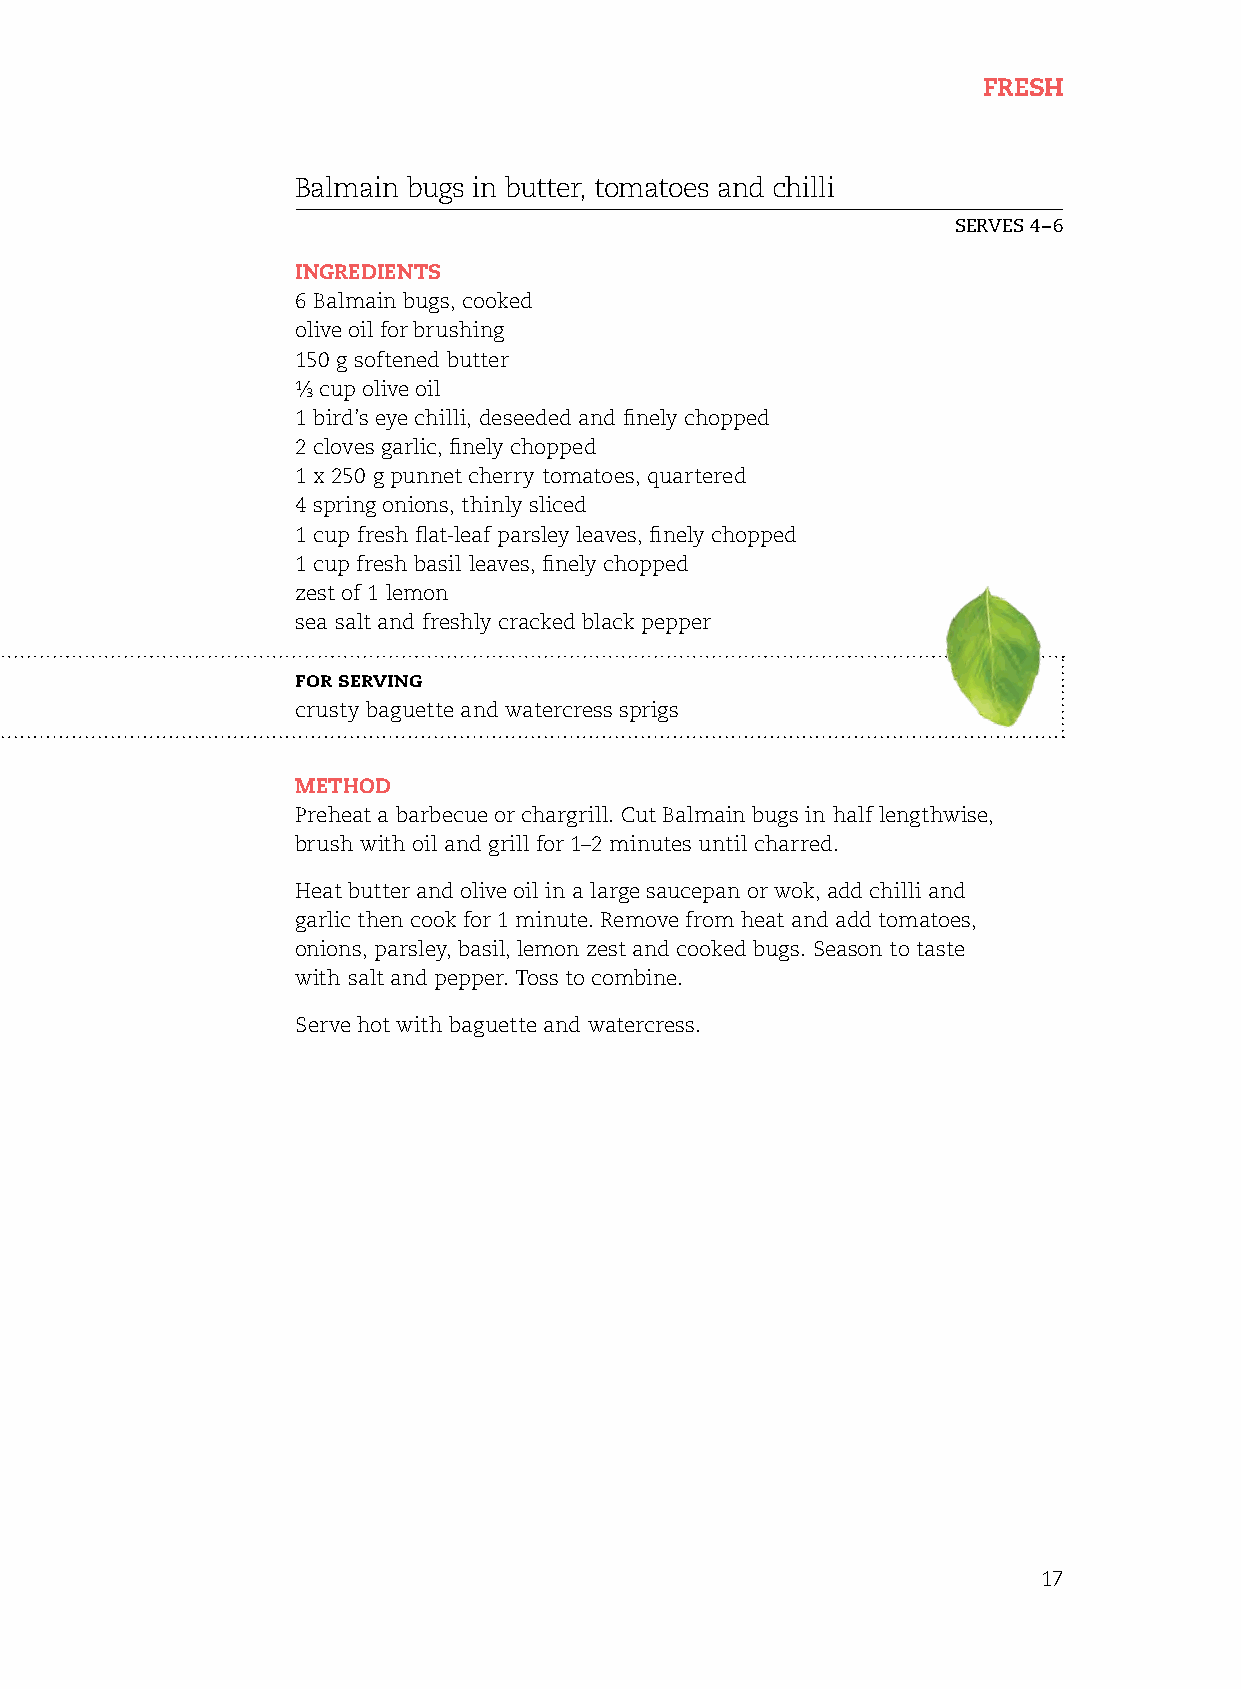
Fresh
 Balmain bugs in butter, tomatoes and chilli
 serves 4–6
 ingredients
 6 Balmain bugs, cooked
 olive oil for brushing
 150 g softened butter
 ¹⁄ cup olive oil
 ³
 1 bird’s eye chilli, deseeded and finely chopped
 2 cloves garlic, finely chopped
 1 x 250 g punnet cherry tomatoes, quartered
 4 spring onions, thinly sliced
 1 cup fresh flat-leaf parsley leaves, finely chopped
 1 cup fresh basil leaves, finely chopped
 zest of 1 lemon
 sea salt and freshly cracked black pepper
 For serving
 crusty baguette and watercress sprigs
 method
 Preheat a barbecue or chargrill. Cut Balmain bugs in half lengthwise,
 brush with oil and grill for 1–2 minutes until charred.
 heat butter and olive oil in a large saucepan or wok, add chilli and
 garlic then cook for 1 minute. remove from heat and add tomatoes,
 onions, parsley, basil, lemon zest and cooked bugs. season to taste
 with salt and pepper. Toss to combine.
 serve hot with baguette and watercress.
 17